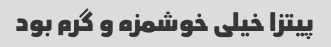
پیتزا خیلی خوشمزه و گرم بود